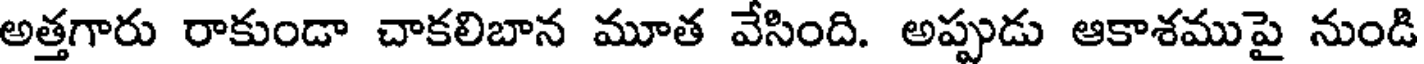
అత్తగారు రాకుండా చాకలిబాన మూత వేసింది. అప్పుడు ఆకాశముపై నుండి